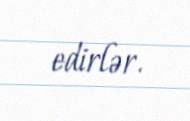
edirlər.